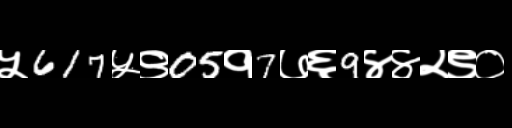
Text: ५617५९05१7७६9४४२९०